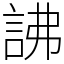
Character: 䛍